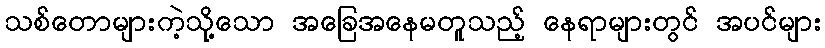
သစ်တောများကဲ့သို့သော အခြေအနေမတူသည့် နေရာများတွင် အပင်များ